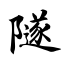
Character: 隧